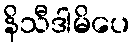
နိသီဒါမိပေ